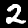
Digit: 2